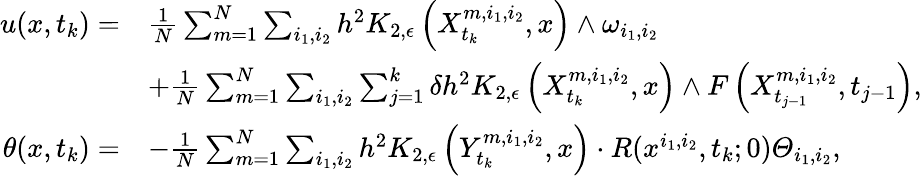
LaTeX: \begin{array}{rl}{u(x,t_{k})=}&{\frac{1}{N}\sum_{m=1}^{N}\sum_{i_{1},i_{2}}h^{2}K_{2,\epsilon}\left(X_{t_{k}}^{m,i_{1},i_{2}},x\right)\wedge\omega_{i_{1},i_{2}}}\\ &{+\frac{1}{N}\sum_{m=1}^{N}\sum_{i_{1},i_{2}}\sum_{j=1}^{k}\delta h^{2}K_{2,\epsilon}\left(X_{t_{k}}^{m,i_{1},i_{2}},x\right)\wedge F\left(X_{t_{j-1}}^{m,i_{1},i_{2}},t_{j-1}\right),}\\ {\theta(x,t_{k})=}&{-\frac{1}{N}\sum_{m=1}^{N}\sum_{i_{1},i_{2}}h^{2}K_{2,\epsilon}\left(Y_{t_{k}}^{m,i_{1},i_{2}},x\right)\cdot R(x^{i_{1},i_{2}},t_{k};0)\varTheta_{i_{1},i_{2}},}\end{array}